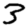
Digit: 3